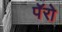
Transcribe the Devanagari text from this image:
पॅरो